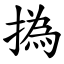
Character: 撝